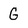
Character: G